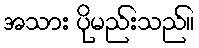
အသား ပိုမည်းသည်။